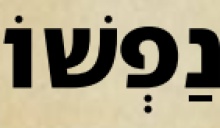
נַפְשׁוֹ